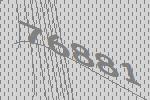
76881